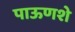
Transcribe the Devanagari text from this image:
पाऊणशे